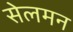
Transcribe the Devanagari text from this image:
सेलमन